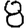
Digit: 8